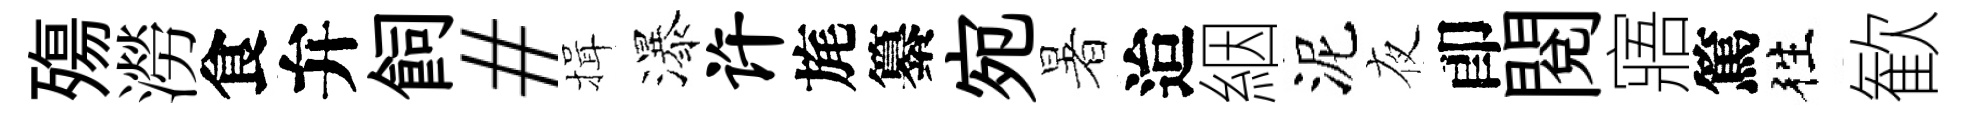
殤澇食弁飼#揖瀑许旄纂宛暑迨絪泥夜卽閲寤篤徃歓